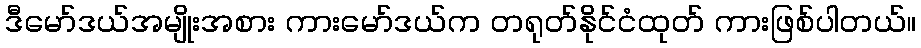
ဒီမော်ဒယ်အမျိုးအစား ကားမော်ဒယ်က တရုတ်နိုင်ငံထုတ် ကားဖြစ်ပါတယ်။